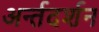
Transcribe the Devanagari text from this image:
अर्न्तदर्शन